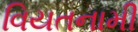
વિયતનામી